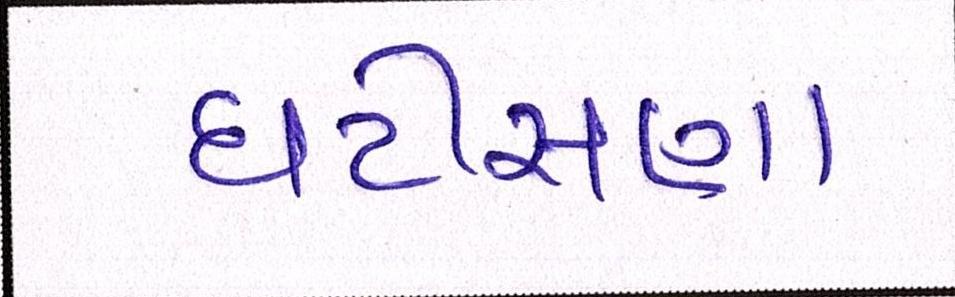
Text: ઘટીસણા